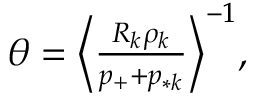
\begin{array} { r } { \theta = \Big \langle \frac { R _ { k } \rho _ { k } } { p _ { + } + p _ { * k } } \Big \rangle ^ { - 1 } , } \end{array}